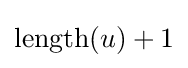
\operatorname {length} (u)+1